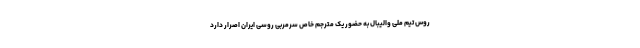
روس تیم ملی والیبال به حضور یک مترجم خاص سرمربی روسی ایران اصرار دارد